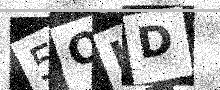
Text: 5OID